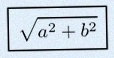
\sqrt{a^2+b^2}